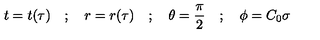
t = t ( \tau ) \quad ; \quad r = r ( \tau ) \quad ; \quad \theta = \frac { \pi } { 2 } \quad ; \quad \phi = C _ { 0 } \sigma